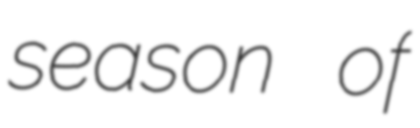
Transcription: season of